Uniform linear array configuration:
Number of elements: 16
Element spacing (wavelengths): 0.5
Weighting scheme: uniform
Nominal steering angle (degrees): -45
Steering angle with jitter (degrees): -45.831
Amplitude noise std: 0.05
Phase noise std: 0.05

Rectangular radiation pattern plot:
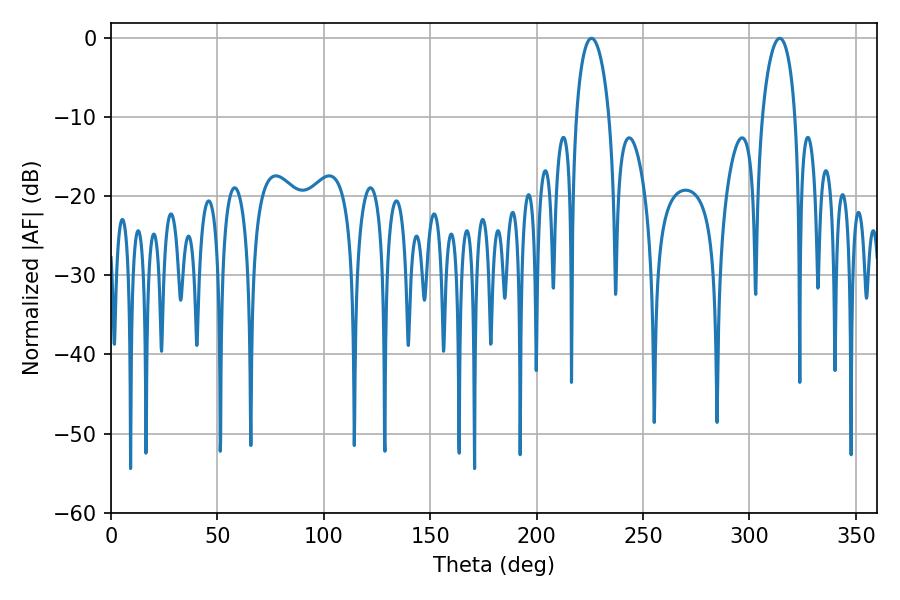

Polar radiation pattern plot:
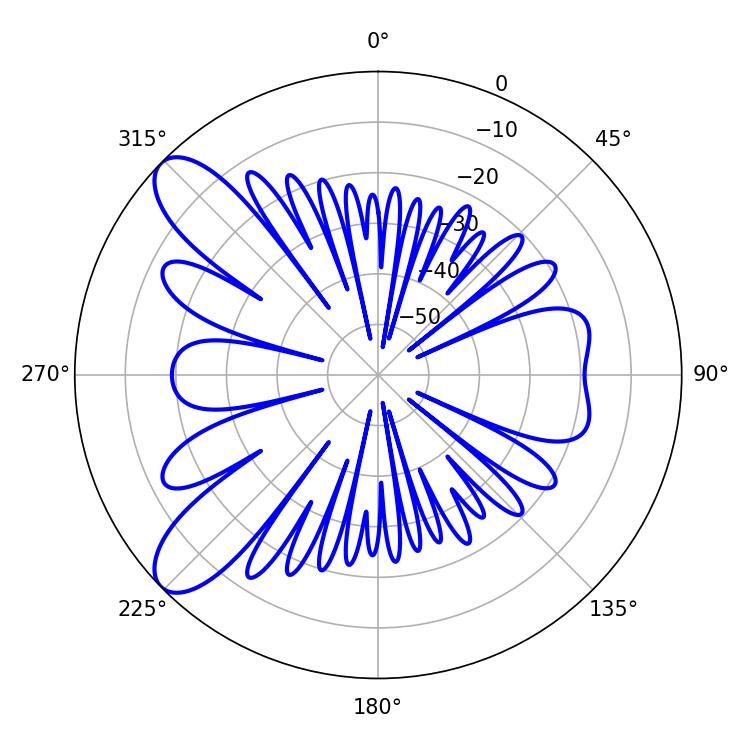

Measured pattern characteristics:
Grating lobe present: FALSE
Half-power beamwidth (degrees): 8.82
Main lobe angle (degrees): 225.72